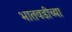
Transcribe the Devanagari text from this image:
भातवडीच्या